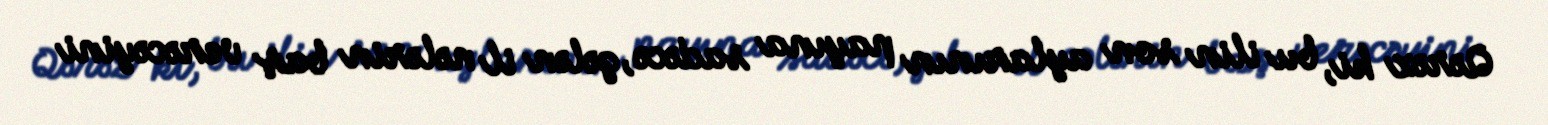
Qərəz ki, bu ilin son aylarının payına sadəcə, gələn il nələrin baş verəcəyini